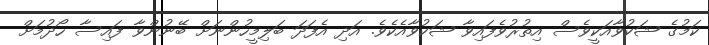
ކަމުގެ ޝަކުވާއަކީވެސް އިތުރުވެފައިވާ ޝަކުވާއެކެވެ. އަދި އެފަދަ ބަލިމީހުންނަށް ބޭނުންވާ ފައިސާ ހޯދުމަށް